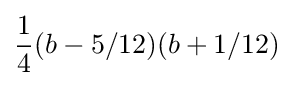
{\frac {1}{4}}(b-5/12)(b+1/12)